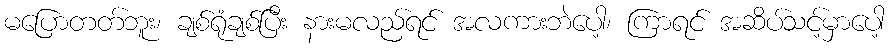
မပြောတတ်ဘူး၊ ချစ်ရုံချစ်ပြီး နားမလည်ရင် အလကားဘဲပေါ့၊ ကြာရင် အဆိပ်သင့်မှာပေါ့